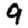
Digit: 9